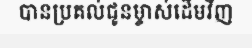
បានប្រគល់ជូនម្ចាស់ដើមវិញ